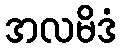
အလမိဒံ